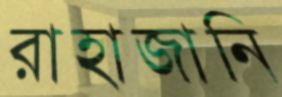
রাহাজানি